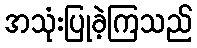
အသုံးပြုခဲ့ကြသည်